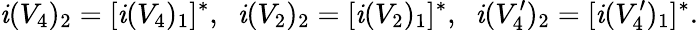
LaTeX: \mathit{i}(V_{4})_{2}=[\mathit{i}(V_{4})_{1}]^{*},\; \; \mathit{i}(V_{2})_{2}=[\mathit{i}(V_{2})_{1}]^{*},\; \; \mathit{i}(V_{4}^{\prime})_{2}=[\mathit{i}(V_{4}^{\prime})_{1}]^{*}.